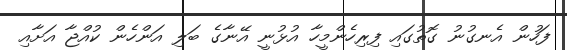
ފަހުން އެނގުނު ގޮތުގައި ފިރިހެންމީހާ އުޅުނީ އޭނާގެ ބަލި އަންހެން ކުއްޖާ އަށާއި